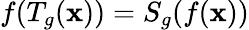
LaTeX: f(T_{g}(\mathbf{x}))=S_{g}(f(\mathbf{x}))